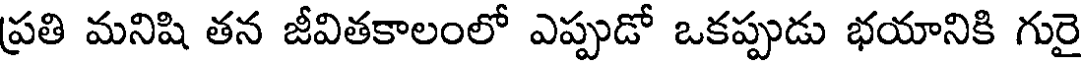
ప్రతి మనిషి తన జీవితకాలంలో ఎప్పుడో ఒకప్పుడు భయానికి గురై